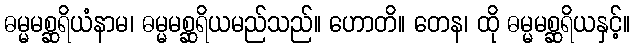
ဓမ္မမစ္ဆရိယံနာမ၊ ဓမ္မမစ္ဆရိယမည်သည်။ ဟောတိ။ တေန၊ ထို ဓမ္မမစ္ဆရိယနှင့်။